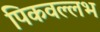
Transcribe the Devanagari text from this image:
पिकवल्लभ